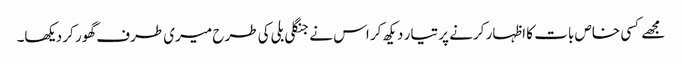
مجھے کسی خاص بات کا اظہار کرنے پر تیار دیکھ کر اس نے جنگلی بلی کی طرح میری طرف گھور کر دیکھا۔